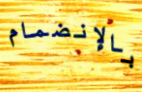
بالإنضمام